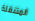
المتنقلة